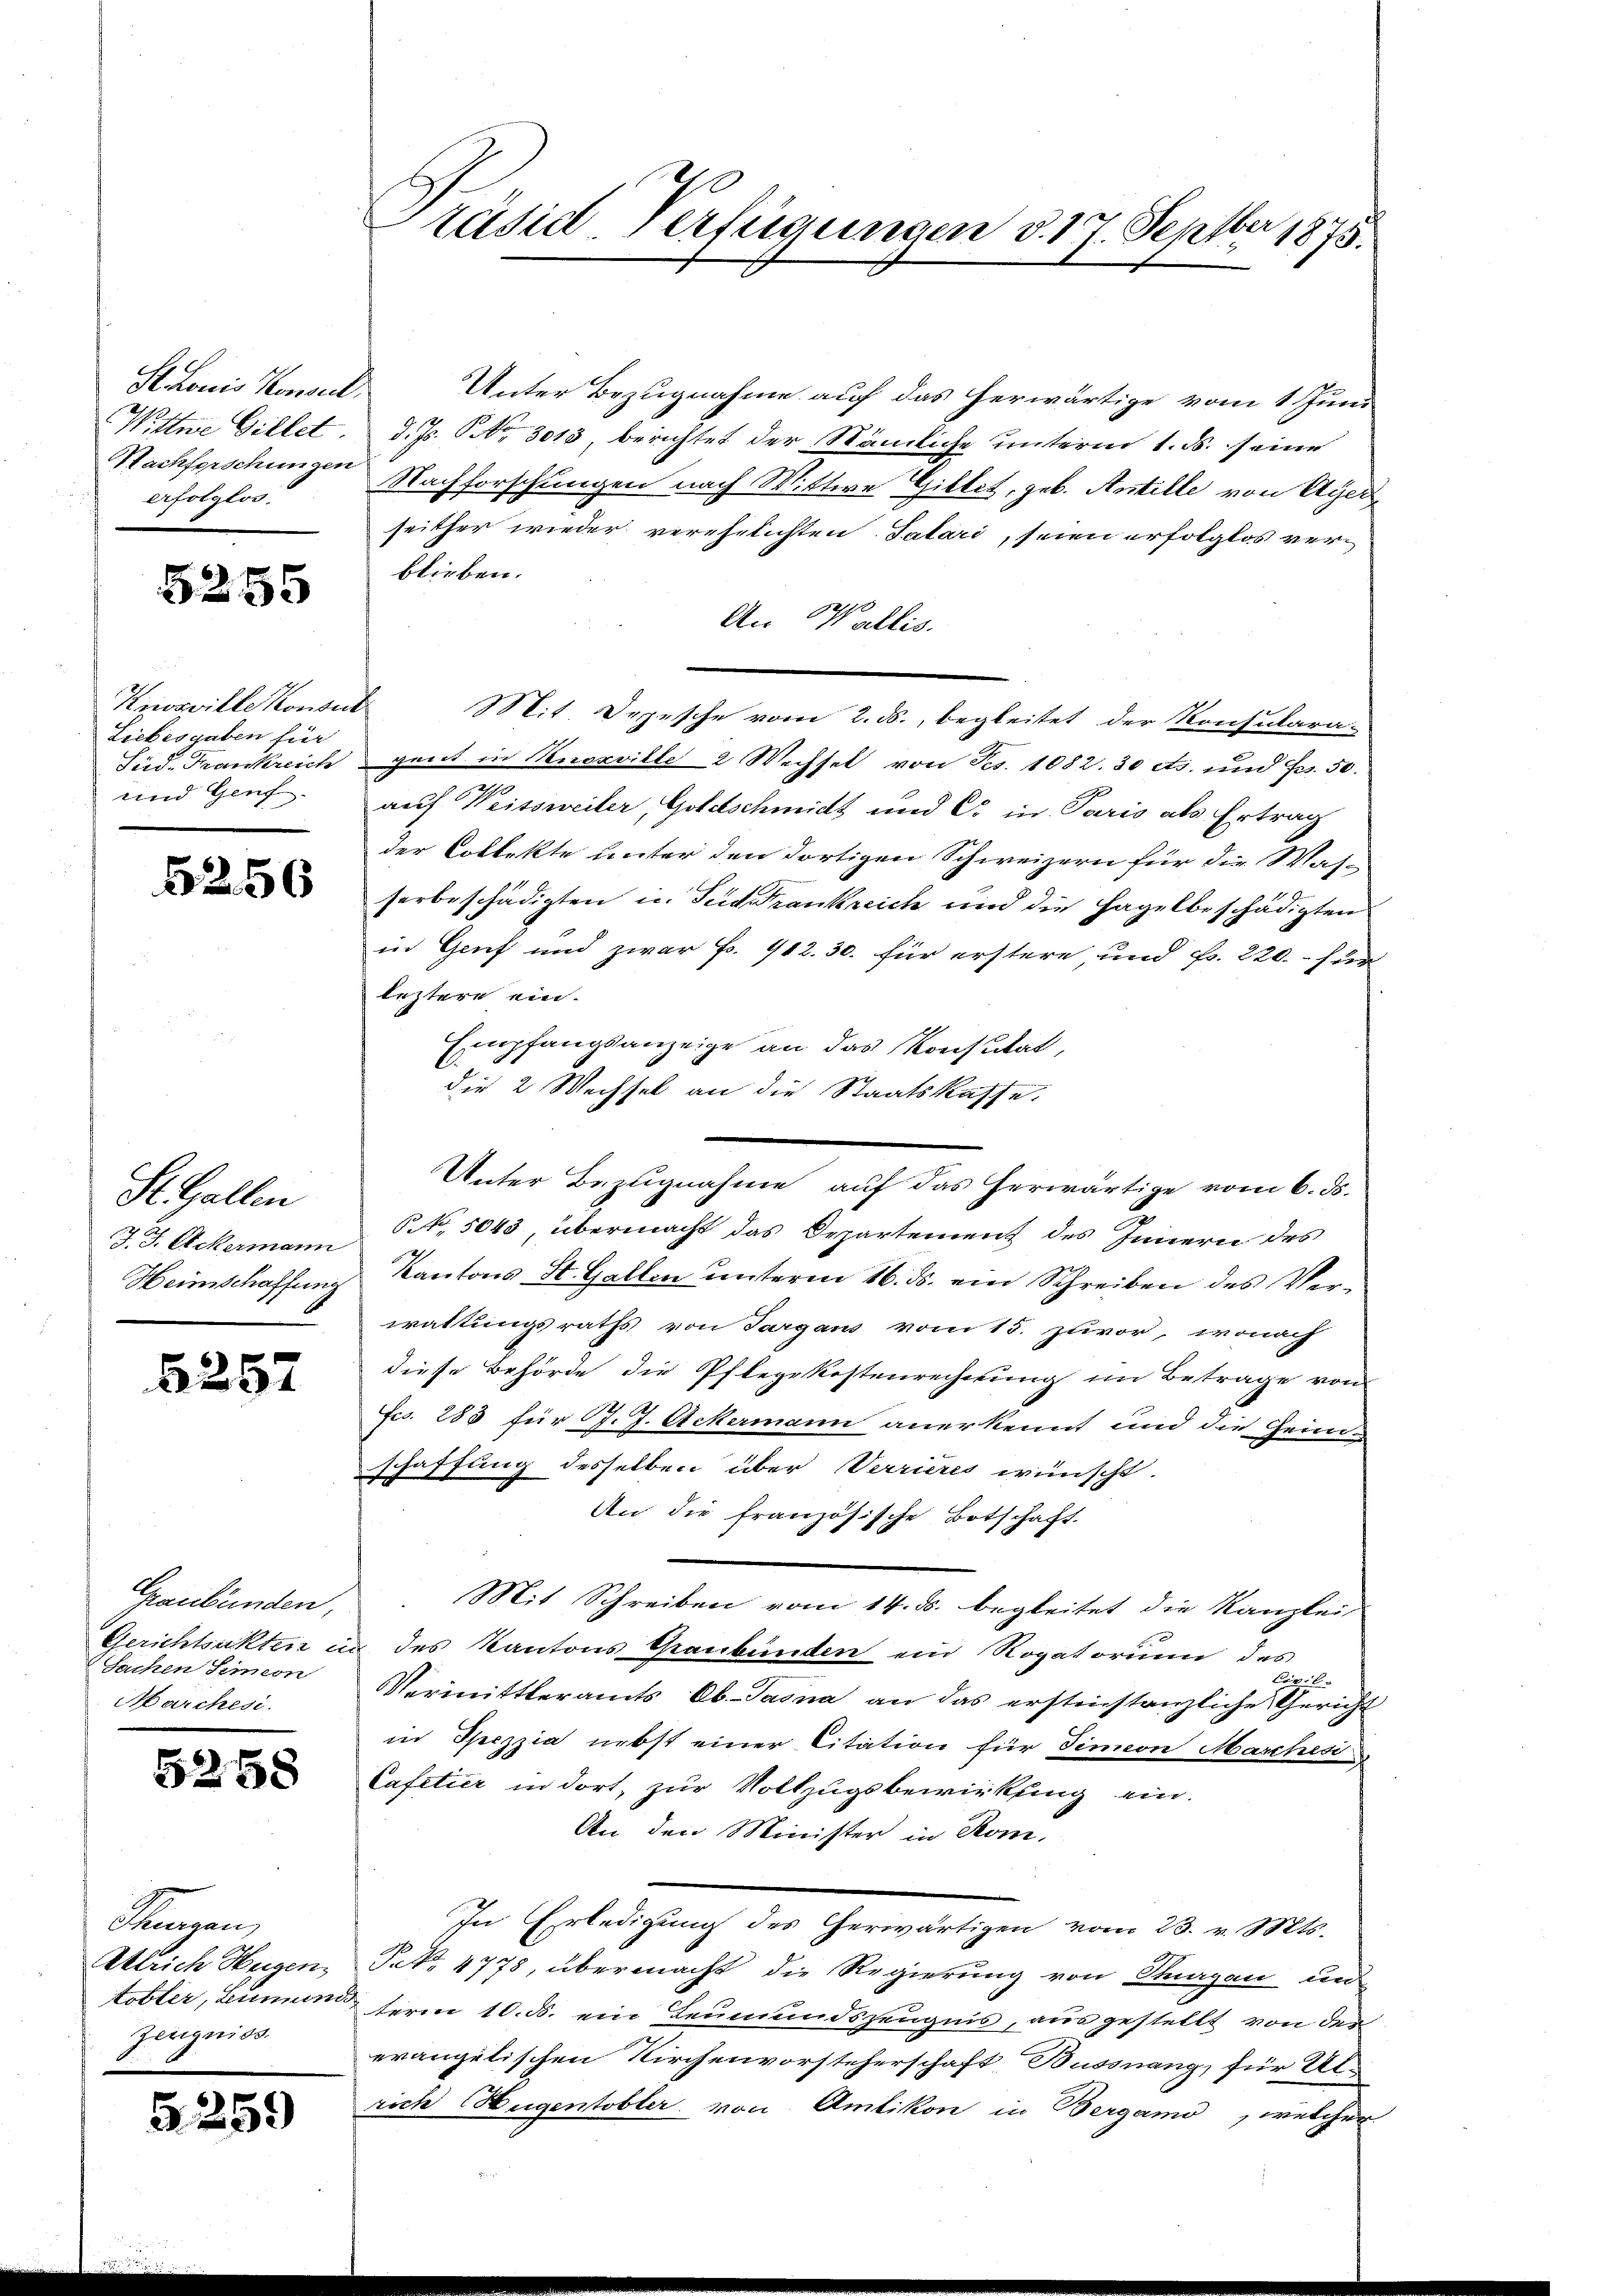
Sthonis Konsul
Wittwe Gillet
Nachforschungen
erfolglos.

5255

Knosville Konsul
Liebesgaben für
Sid. Frankreich
und Genf.

6256

St. Gallen
J. J. Ackermann
Heinschaffung

6257

Graubünden,
Gerichtsakten in
Sachen Semion
Marchesi.

5258

Thenzen,
Ulrich Hugen.
Erster, Leumund
Zeugniss.

§ 259

räsid verfügungen d. 17. Septbr 1875.

Unter Bezugnahme auf das herwärtige vom 1. Juni
d. Js. No 3013, berichtet der Nämliche unterm 1. ds. seine
Nachforschungen nach Wittwe Gillet, geb. Artille von Agen
seither wieder verehelichten Talari, seien erfolglos verblieben.
An Wallis.
Mit Depesche vom 2. d., begleitet der Konsulara-
gweit in Knoxville 2 Wechsel von Fes. 1082. 30 cts. und Fr. 50.
auf Weissweiler, Goldschmidt und C. in Paris als Ertrag
der Collekte unter den dortigen Schweizern für die Was-
serbeschädigten u. Seiderankreich und die Hagelbeschädigten
in Genf und zwar Fr. 902. 30. für erstere und Fr. 220. für
leztere ein.
Empfangsanzeige an das Konsulat,
die 2 Wechsel an die Staatskasse.
 No 1043 übermacht das Departement des Innern des
Kantons St. Gallen unterm 16. ds. ein Schreiben des Verwattungsraths von Sargaus vom 15. zuvor, wonach
diese Behörde die Pflegekostenrechnung im Betrage von
Fcs. 283 für J. J. Ackermann anerkennt und die Heimschaffung desselben über Verrieres wünscht.
An die französische Botschaft
Mit Schreiben vom 14. ds. begleitet die Kanzlei
 des Kantons Graubünden ein Rogatorium des

Vermittleramts Ob.-Jasna an das erstinstanzliche Gericht
in Spezzia nebst einer Citation für Simon Marchesi
Cafetier in dort, zur Vollzugsbewirkung ein.
An den Minister in Rom.
In Erledigung des Cherwärtigen vom 23. v. Mts.
P.No. 4778, übermacht die Regierung von Thurgau un
term 10. d. ein Leumundszeugnis, aus gestellt von der
evangelischen Kirchenvorsteherschaft, Bussnang, für Un-
rich Hugentobler von Amtikon in Bergamo, welcher

Unter Bezugnahme auf das herwärtige vom 6. ds.